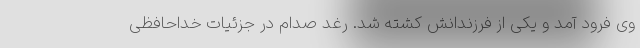
وی فرود آمد و یکی از فرزندانش کشته شد. رغد صدام در جزئیات خداحافظی